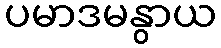
ပမာဒမနွာယ